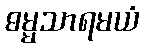
ဓမ္မသာရမယံ